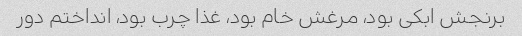
برنجش ابکی بود، مرغش خام بود، غذا چرب بود، انداختم دور